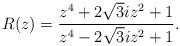
LaTeX: \begin{align*}R(z)=\frac{z^4+2\sqrt{3}iz^2+1}{z^4-2\sqrt{3}iz^2+1}.\end{align*}